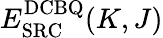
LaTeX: E_{\mathrm{SRC}}^{\mathrm{DCBQ}}(K,J)